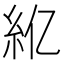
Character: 𫃝